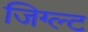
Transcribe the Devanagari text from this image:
जिग्ल्ट